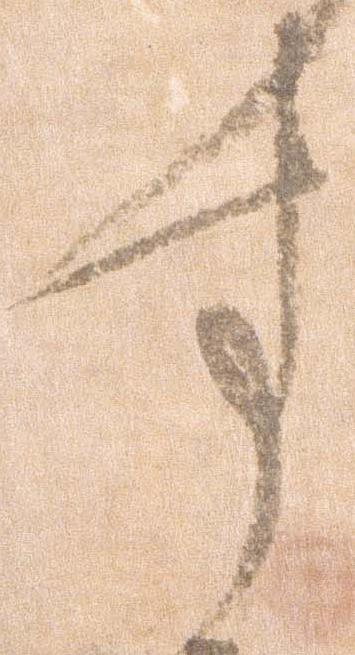
す